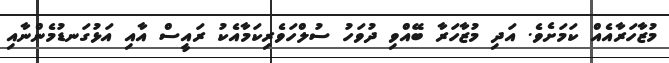
މުޒާހަރާއެއް ކަމަށެވެ. އަދި މުޒާހަރާ ބޭއްވި ދުވަހު ސުލްހަވެރިކަމާއެކު ރައީސް އާއި އަޅުގަނޑުމެންނާއި